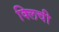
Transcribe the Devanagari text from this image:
क्लिची